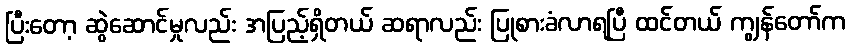
ပြီးတော့ ဆွဲဆောင်မှုလည်း အပြည့်ရှိတယ် ဆရာလည်း ပြုစားခံလာရပြီ ထင်တယ် ကျွန်တော်က